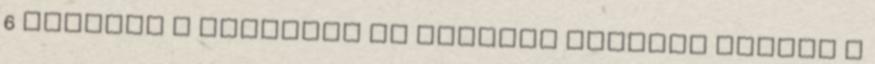
6 Azokban a napokban az emberek keresni fogják a